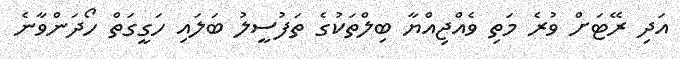
އަދި ރޭޓަށް ވުރެ މަތި ވެއްޖިއްޔާ ބިލްތަކުގެ ތަފުސީލު ބަލައި ހަގީގަތް ހޯދަންވާނެ